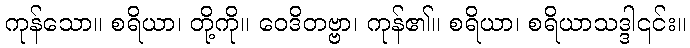
ကုန်သော။ စရိယာ၊ တို့ကို။ ဝေဒိတဗ္ဗာ၊ ကုန်၏။ စရိယာ၊ စရိယာသဒ္ဒါ၎င်း။